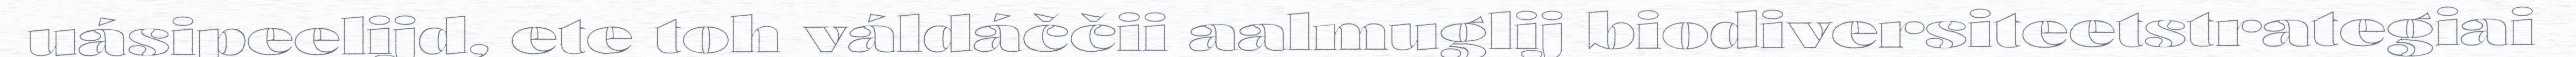
uásipeelijd, ete toh váldáččii aalmuglij biodiversiteetstrategiai